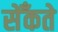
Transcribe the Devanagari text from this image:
सेँकते